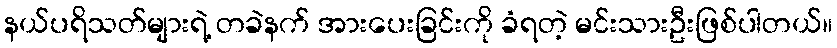
နယ်ပရိသတ်များရဲ့ တခဲနက် အားပေးခြင်းကို ခံရတဲ့ မင်းသားဦးဖြစ်ပါတယ်။